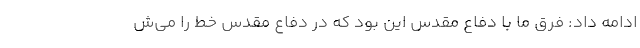
ادامه داد: فرق ما با دفاع مقدس این بود که در دفاع مقدس خط را می‌ش